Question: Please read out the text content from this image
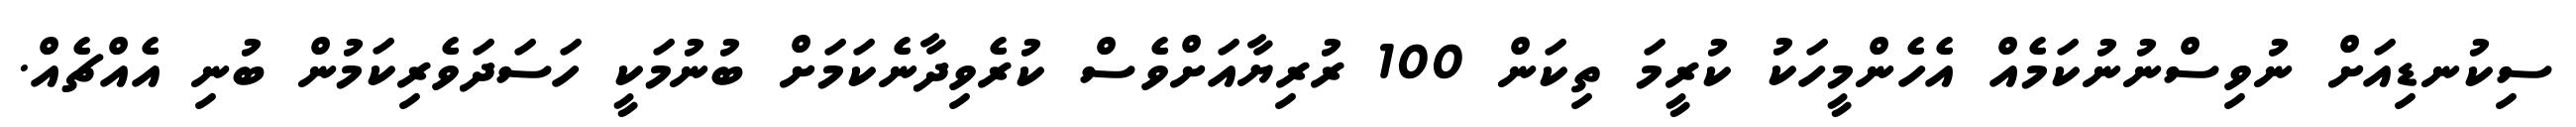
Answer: ސިކުނޑިއަށް ނުވިސްނުނުކަމެއް އެހެންމީހަކު ކުރީމަ ތިކަން 100 ރުރިޔާއަށްވެސް ކުރެވިދާނެކަމަށް ބުނުމަކީ ހަސަދަވެރިކަމުން ބުނި އެއްޗެއް.